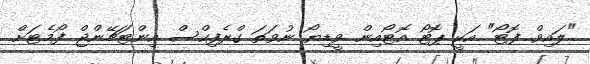
"ލައިވް ފޮޓޯ" އަކީ ޕޮޓޯ އޮޓޯއިން ވީޑިޔޯ ނުވަތަ ގްރެފިކްސް އިންޓަޗޭންޖް ފޯމެޓަށް